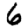
Digit: 6